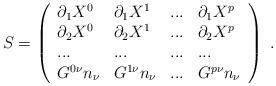
LaTeX: \begin{align*}S=\left( \begin{array}{llll}\partial _{1}X^{0} & \partial _{1}X^{1} & ... & \partial _{1}X^{p} \\ \partial _{2}X^{0} & \partial _{2}X^{1} & ... & \partial _{2}X^{p} \\ ... & ... & ... & ... \\ G^{0\nu }n_{\nu } & G^{1\nu }n_{\nu } & ... & G^{p\nu }n_{\nu }\end{array}\right) \ .\end{align*}